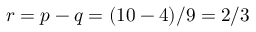
r = p - q = ( 1 0 - 4 ) / 9 = 2 / 3